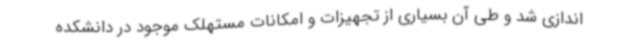
اندازی شد و طی آن بسیاری از تجهیزات و امکانات مستهلک موجود در دانشکده